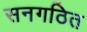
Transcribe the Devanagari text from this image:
सनगठित